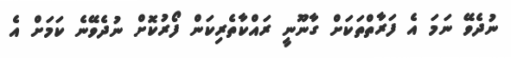
ނުދެވޭ ނަމަ އެ ފަރާތްތަކަށް ގާނޫނީ ރައްކާތެރިކަން ފޯރުކޮށް ނުދެވޭނެ ކަމަށް އެ